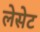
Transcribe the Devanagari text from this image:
लेसेट